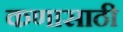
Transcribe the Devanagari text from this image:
कणासाठी